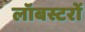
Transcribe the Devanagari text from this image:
लॉबस्टरों